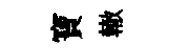
寶轍